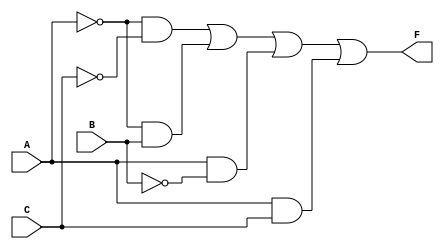
module kmap_3var (
    input wire A,      // Input variable A
    input wire B,      // Input variable B
    input wire C,      // Input variable C
    output wire F      // Output variable F
);

// The simplified Boolean expression derived from the K-map
// For this example, F = A'C' + A'B + AB' + AC
assign F = (~A & ~C) | (~A & B) | (A & ~B) | (A & C);

endmodule